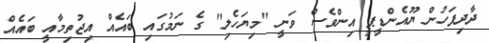
ދާދިފަހުން ޔޫއެންޑީޕީ އިންވެސް ވަނީ "މިޔަހެލި" ގެ ނަމުގައި ބައެއް އިޖުތިމާއީ ބައެއް